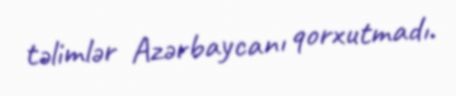
təlimlər Azərbaycanı qorxutmadı.